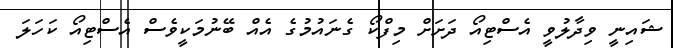
ޝައިނީ ވިދާލުވީ އެސްޓިއޯ ދަށަށް މިފްކޯ ގެނައުމުގެ އެއް ބޭނުމަކީވެސް އެސްޓިއޯ ކަހަލަ